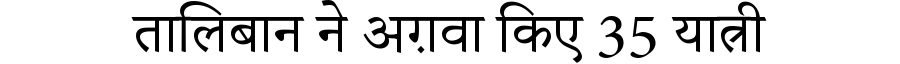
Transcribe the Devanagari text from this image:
तालिबान ने अग़वा किए 35 यात्री